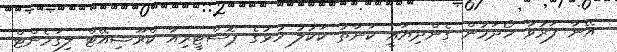
އޭނާ ފަރުވާ ހޯދަމުން ގެންދިޔައީ ކަނާތު ކަކުލު ހުޅުގެ ޕޮސްޓީރިއާ ކްރޫޝިއޭޓް ލިގަމެންޓް